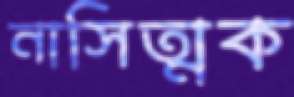
নাসিত্মক